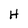
Character: H